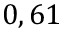
0 , 6 1